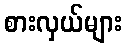
စားလှယ်များ